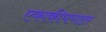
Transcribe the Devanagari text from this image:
एकाकीपणात